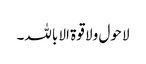
لا حول ولا قوۃ الا باللہ۔